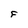
Character: F